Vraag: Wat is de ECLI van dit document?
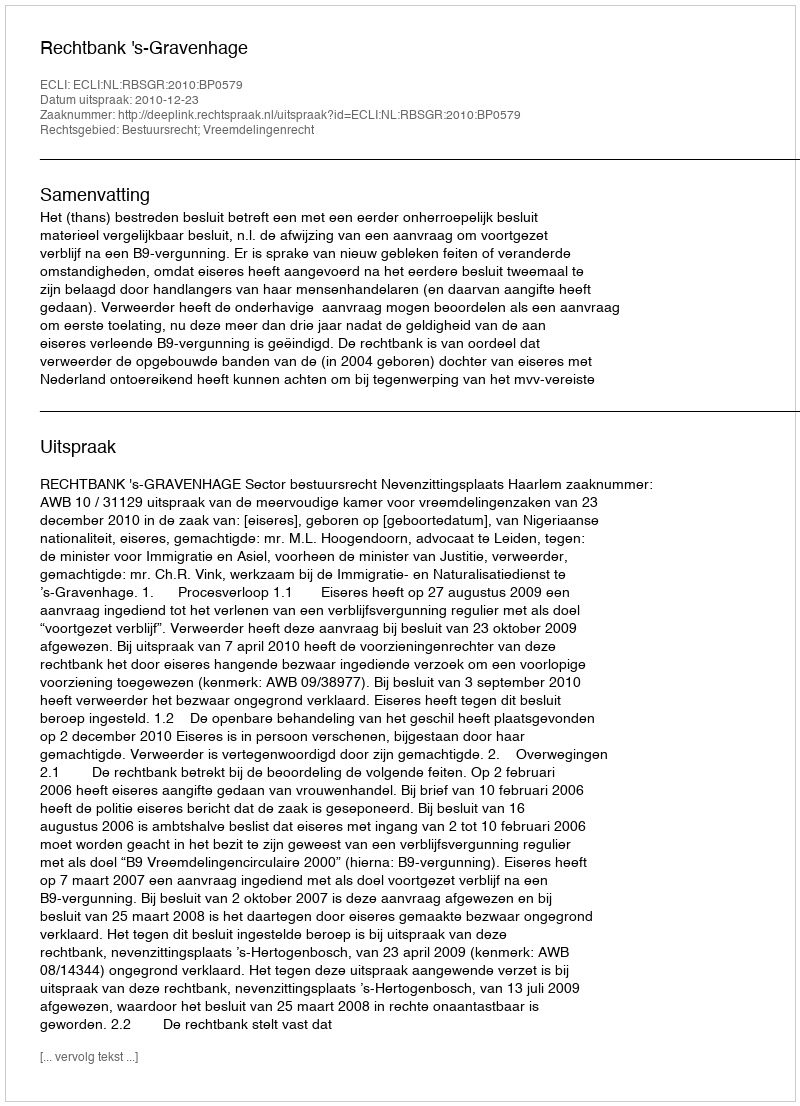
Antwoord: ECLI:NL:RBSGR:2010:BP0579